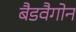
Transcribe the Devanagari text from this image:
बैडवैगोन